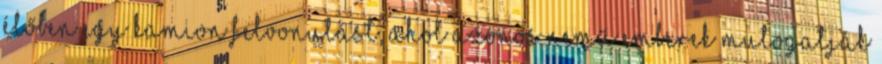
élőben egy kamion felvonulást, ahol azonos nemű emberek mutogatják